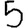
Digit: 5